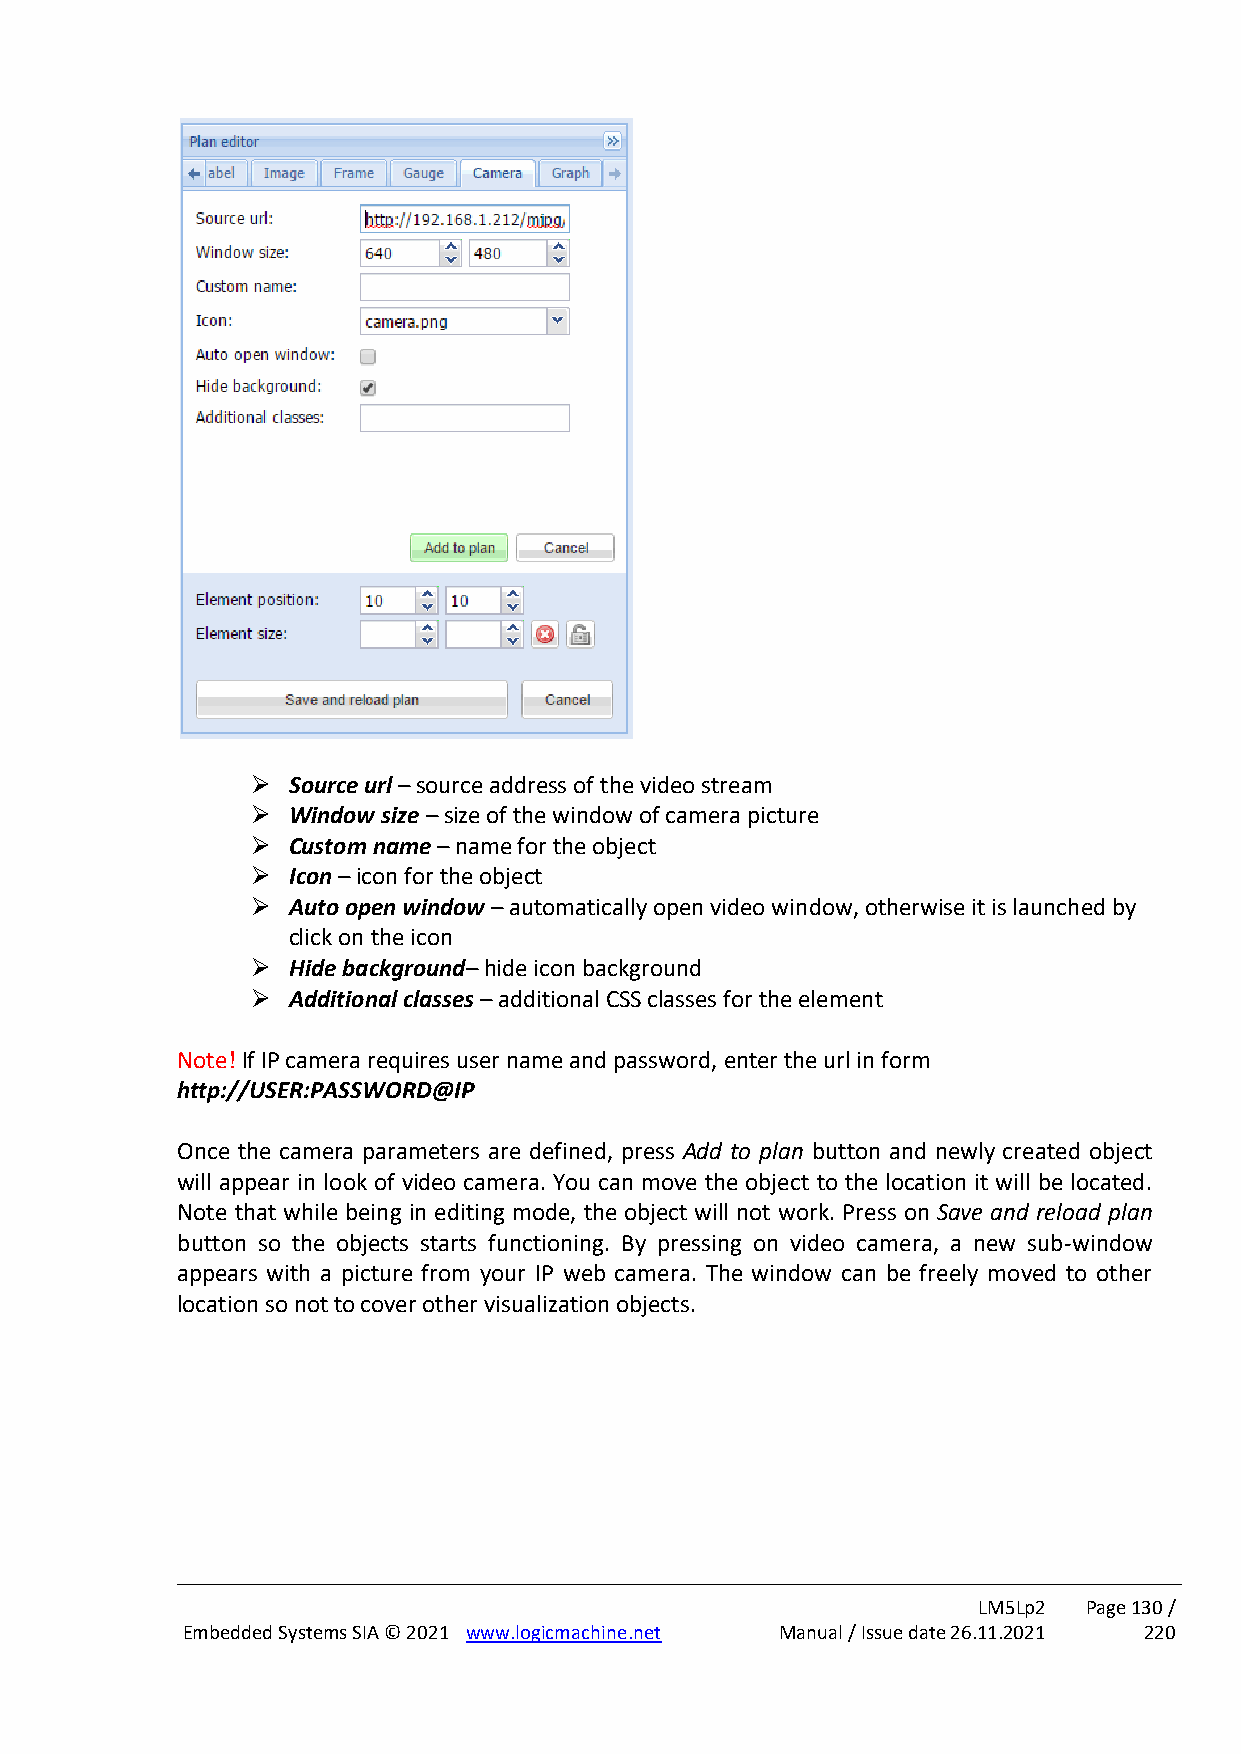
➢ Source url – source address of the video stream
 ➢ Window size – size of the window of camera picture
 ➢ Custom name – name for the object
 ➢ Icon – icon for the object
 ➢ Auto open window – automatically open video window, otherwise it is launched by
 click on the icon
 ➢ Hide background– hide icon background
 ➢ Additional classes – additional CSS classes for the element
 Note! If IP camera requires user name and password, enter the url in form
 http://USER:PASSWORD@IP
 Once the camera parameters are defined, press Add to plan button and newly created object
 will appear in look of video camera. You can move the object to the location it will be located.
 Note that while being in editing mode, the object will not work. Press on Save and reload plan
 button so the objects starts functioning. By pressing on video camera, a new sub-window
 appears with a picture from your IP web camera. The window can be freely moved to other
 location so not to cover other visualization objects.
 LM5Lp2 Page 130 /
 Embedded Systems SIA © 2021 www.logicmachine.net Manual / Issue date 26.11.2021 220